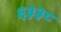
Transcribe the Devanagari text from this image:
६३३८